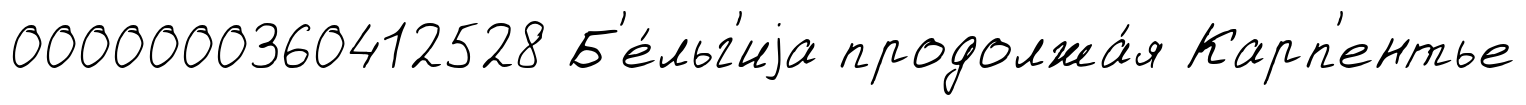
0000000360412528 Б'е́льг'иjа продолжа́я Карп'ентье